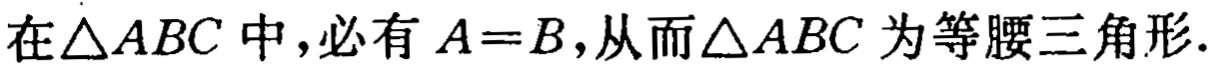
在\(\triangle ABC\)中，必有\(A = B\)，从而\(\triangle ABC\)为等腰三角形.